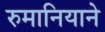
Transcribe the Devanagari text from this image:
रुमानियाने